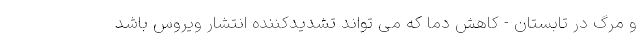
و مرگ در تابستان - کاهش دما که می تواند تشدیدکننده انتشار ویروس باشد